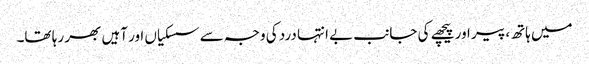
میں ہاتھ، پیر اور پیچھے کی جانب بے انتہا درد کی وجہ سے سسکیاں اور آہیں بھر رہا تھا۔